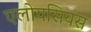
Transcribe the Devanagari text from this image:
एलोयसियस